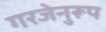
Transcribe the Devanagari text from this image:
गरजेनुरूप